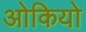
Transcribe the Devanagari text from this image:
ओकियो